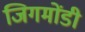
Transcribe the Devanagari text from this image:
जिगमोंडी